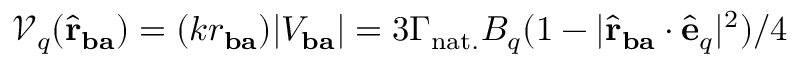
\mathcal { V } _ { q } ( \hat { \mathbf { r } } _ { \mathbf { b a } } ) = ( k r _ { \mathbf { b a } } ) | V _ { \mathbf { b a } } | = 3 \Gamma _ { \mathrm { n a t . } } B _ { q } ( 1 - | \hat { \mathbf { r } } _ { \mathbf { b a } } \cdot \hat { \mathbf { e } } _ { q } | ^ { 2 } ) / 4